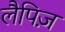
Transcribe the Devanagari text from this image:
लैपिज़